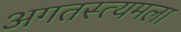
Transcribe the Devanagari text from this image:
अगतस्त्यमला